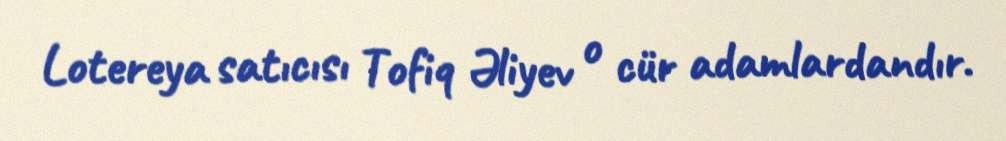
Lotereya satıcısı Tofiq Əliyev o cür adamlardandır.